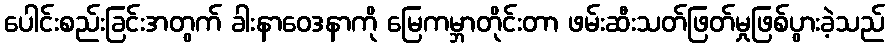
ပေါင်းစည်းခြင်းအတွက် ခါးနာဝေဒနာကို မြေကမ္ဘာတိုင်းတာ ဖမ်းဆီးသတ်ဖြတ်မှုဖြစ်ပွားခဲ့သည်